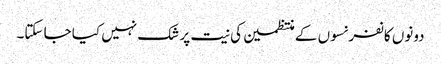
دونوں کانفرنسوں کے منتظمین کی نیت پر شک نہیں کیا جا سکتا۔